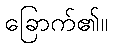
ခြောက်၏။